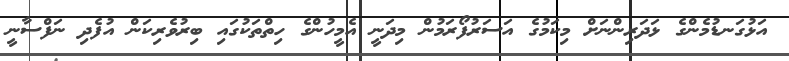
އަޅުގަނޑުމެންގެ ޅަދަރިންނަށް މިކަމުގެ އަސަރުފޯރަމުން މިދަނީ އެމީހުންގެ ހިތްތަކުގައި ބިރުވެރިކަން އުފެދި ނަފްސާނީ